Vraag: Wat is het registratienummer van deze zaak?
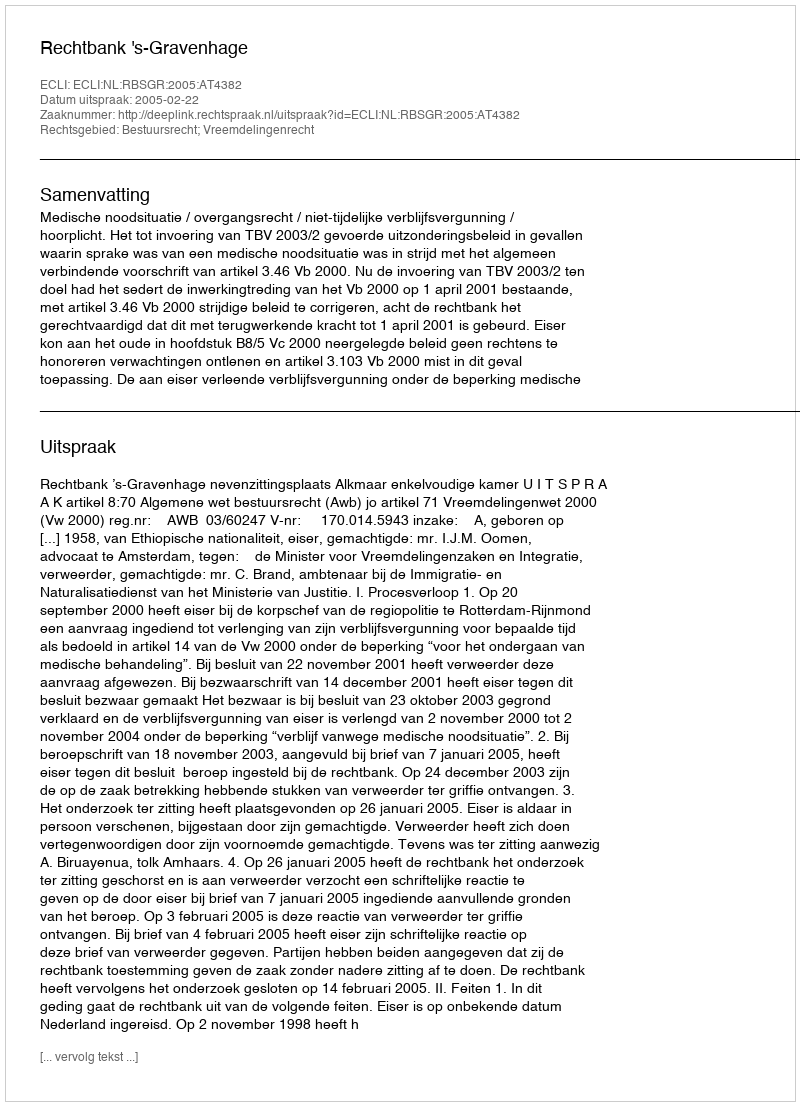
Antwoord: http://deeplink.rechtspraak.nl/uitspraak?id=ECLI:NL:RBSGR:2005:AT4382